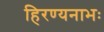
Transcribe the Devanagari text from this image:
हिरण्यनाभः